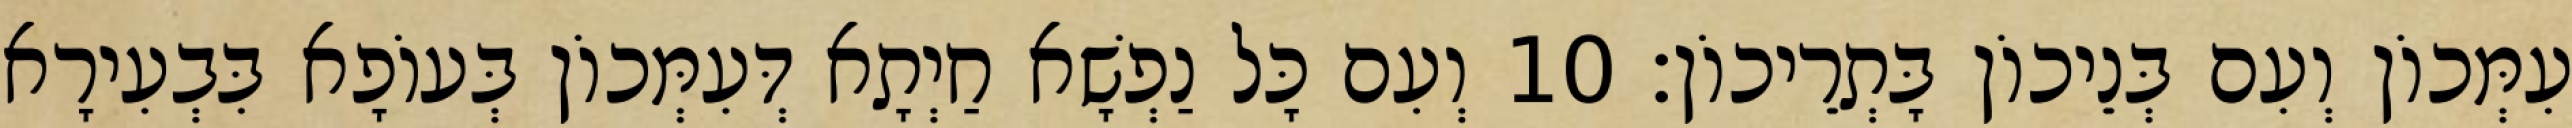
עִמְּכוֹן וְעִם בְּנֵיכוֹן בָּתְרֵיכוֹן׃ 10 וְעִם כָּל נַפְשָׁא חַיְתָא דְּעִמְּכוֹן בְּעוֹפָא בִּבְעִירָא